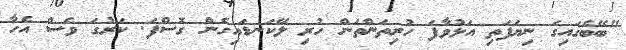
"ބޭބެގައިގަ ނިޔަފަތި އަޅުވާފަ ހުރިތަންތަން ހުރި ލޭކަނޑައިގެން ގޮސްފަ. ކަރުގަ ވެސް އެހާ